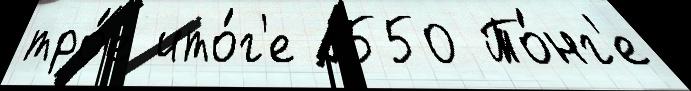
тро́е ито́г'е 1550 То́нг'е